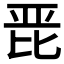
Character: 𭯋